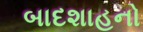
બાદશાહનો